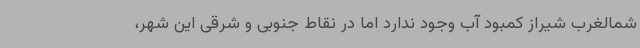
شمالغرب شیراز کمبود آب وجود ندارد اما در نقاط جنوبی و شرقی این شهر،